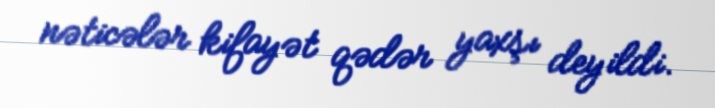
nəticələr kifayət qədər yaxşı deyildi.